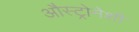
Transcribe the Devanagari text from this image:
औस्ट्रोनेशी